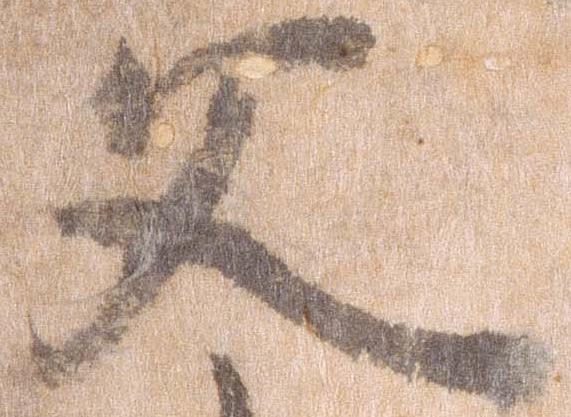
父